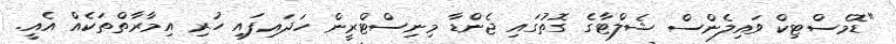
"ޑޮމެސްޓިކް ވައިލެންސް ޝެލްޓާގެ ގޮތުގައި ޖެންޑާ މިނިސްޓްރީން ހަދައިފައި ހުރި އިމާރާތްތަކެއް އެއީ.